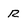
Character: R